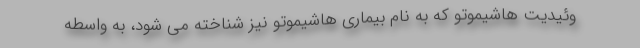
وئیدیت هاشیموتو که به نام بیماری هاشیموتو نیز شناخته می شود، به واسطه